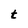
Character: t